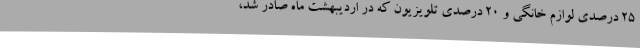
25 درصدی لوازم خانگی و 20 درصدی تلویزیون که در اردیبهشت ماه صادر شد،